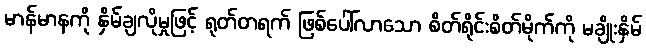
မာန်မာနကို နှိမ်ချလိုမှုဖြင့် ရုတ်တရက် ဖြစ်ပေါ်လာသော စိတ်ရိုင်းစိတ်မိုက်ကို မချိုးနှိမ်